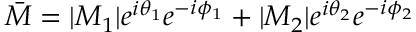
{ \bar { M } } = | M _ { 1 } | e ^ { i \theta _ { 1 } } e ^ { - i \phi _ { 1 } } + | M _ { 2 } | e ^ { i \theta _ { 2 } } e ^ { - i \phi _ { 2 } }